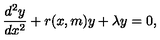
\frac { d ^ { 2 } y } { d x ^ { 2 } } + r ( x , m ) y + \lambda y = 0 ,